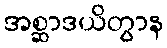
အစ္ဆာဒယိတွာန